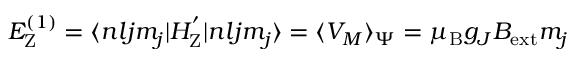
\begin{array} { r } { E _ { \mathrm { { Z } } } ^ { ( 1 ) } = \langle n l j m _ { j } | H _ { \mathrm { { Z } } } ^ { ' } | n l j m _ { j } \rangle = \langle V _ { M } \rangle _ { \Psi } = \mu _ { \mathrm { { B } } } g _ { J } B _ { \mathrm { { e x t } } } m _ { j } } \end{array}